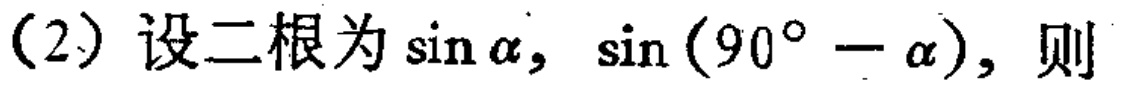
(2) 设二根为\(\sin\alpha,\sin(90^{\circ}-\alpha)\)，则